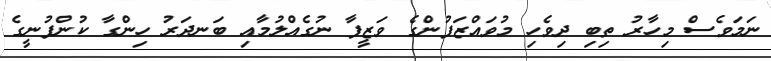
ނަމަވެސް މިހާރު ތިބި ދިވެހި މުވައްޒަފުންގެ ވަޒީފާ ނުގެއްލުމާއި ބަނދަރު ހިންގާ ކުންފުނީގެ